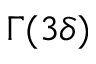
\Gamma ( 3 \delta )